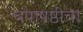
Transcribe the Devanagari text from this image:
चंपाषष्ठीचा